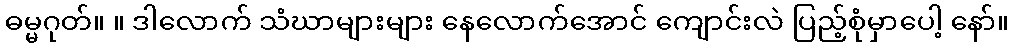
ဓမ္မဂုတ်။ ။ ဒါလောက် သံဃာများများ နေလောက်အောင် ကျောင်းလဲ ပြည့်စုံမှာပေါ့ နော်။